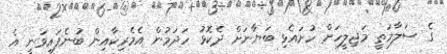
ގެ ސަލާމަތީ މަޖިލީހަށް ހުށައެޅި ބަޔާނަށް ދެކޮޅު ހަދަމުން އެމެރިކާއިން ބުނެފައިވަނީ އެ